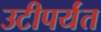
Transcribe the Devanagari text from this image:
उटीपर्यंत